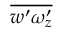
\overline { { w ^ { \prime } \omega _ { z } ^ { \prime } } }